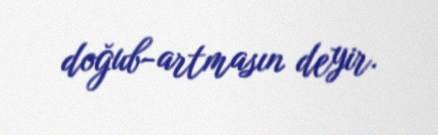
doğub-artmasın deyir.